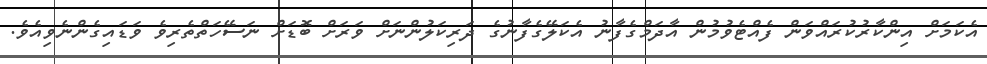
އެކަމަށް އިންކާރުކުރައްވަން ފެއްޓެވުމުން އާދަމްގެފާނު އެކަލޭގެފާނުގެ ދަރިކަލުންނަށް ވަރަށް ބޮޑަށް ނަސޭހަތްތެރިވެ ވަޑައިގެންނެވިއެވެ.